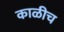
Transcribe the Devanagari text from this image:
काळीच